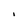
Character: I